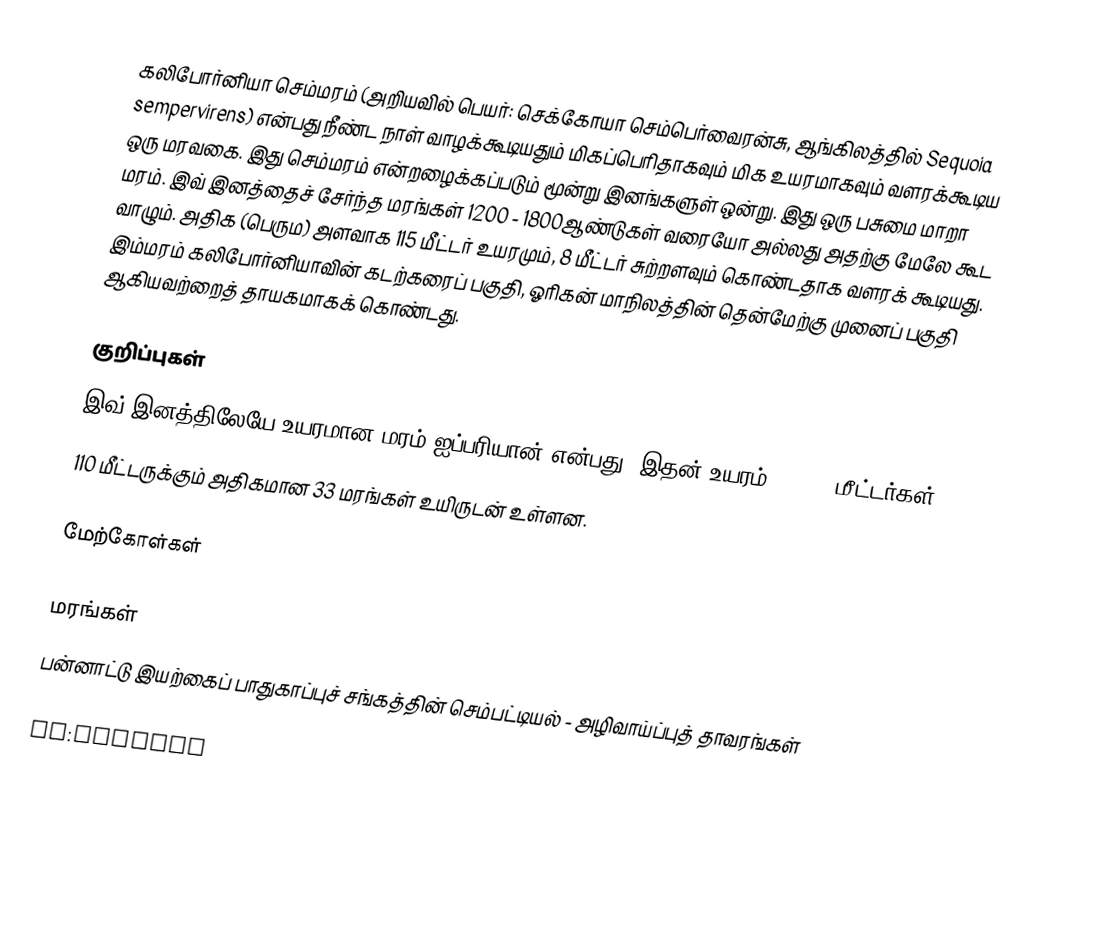
கலிபோர்னியா செம்மரம் (அறியவில் பெயர்: செக்கோயா செம்பெர்வைரன்சு, ஆங்கிலத்தில் Sequoia sempervirens) என்பது நீண்ட நாள் வாழக்கூடியதும் மிகப்பெரிதாகவும் மிக உயரமாகவும் வளரக்கூடிய ஒரு மரவகை. இது செம்மரம் என்றழைக்கப்படும் மூன்று இனங்களுள் ஒன்று. இது ஒரு பசுமை மாறா மரம். இவ் இனத்தைச் சேர்ந்த மரங்கள் 1200 - 1800ஆண்டுகள் வரையோ அல்லது அதற்கு மேலே கூட வாழும்.  அதிக (பெரும) அளவாக 115 மீட்டர் உயரமும், 8 மீட்டர் சுற்றளவும் கொண்டதாக வளரக் கூடியது. இம்மரம் கலிபோர்னியாவின் கடற்கரைப் பகுதி, ஓரிகன் மாநிலத்தின் தென்மேற்கு முனைப் பகுதி ஆகியவற்றைத் தாயகமாகக் கொண்டது.

குறிப்புகள்
 இவ் இனத்திலேயே உயரமான மரம் ஐப்பரியான் என்பது. இதன் உயரம் 115.55 மீட்டர்கள்
 110 மீட்டருக்கும் அதிகமான 33 மரங்கள் உயிருடன் உள்ளன.

மேற்கோள்கள்

மரங்கள்
பன்னாட்டு இயற்கைப் பாதுகாப்புச் சங்கத்தின் செம்பட்டியல் - அழிவாய்ப்புத் தாவரங்கள்

ro:Sequoia